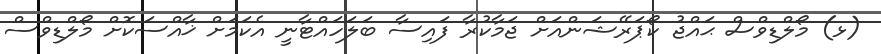
(ޅ) މޯލްޑިވްސް ޙައްޖު ކޯޕަރޭޝަންއަށް ޖަމާކުރާ ފައިސާ ބަލަހައްޓާނީ އެކަމަށް ޚާއްސަކޮށް މޯލްޑިވްސް